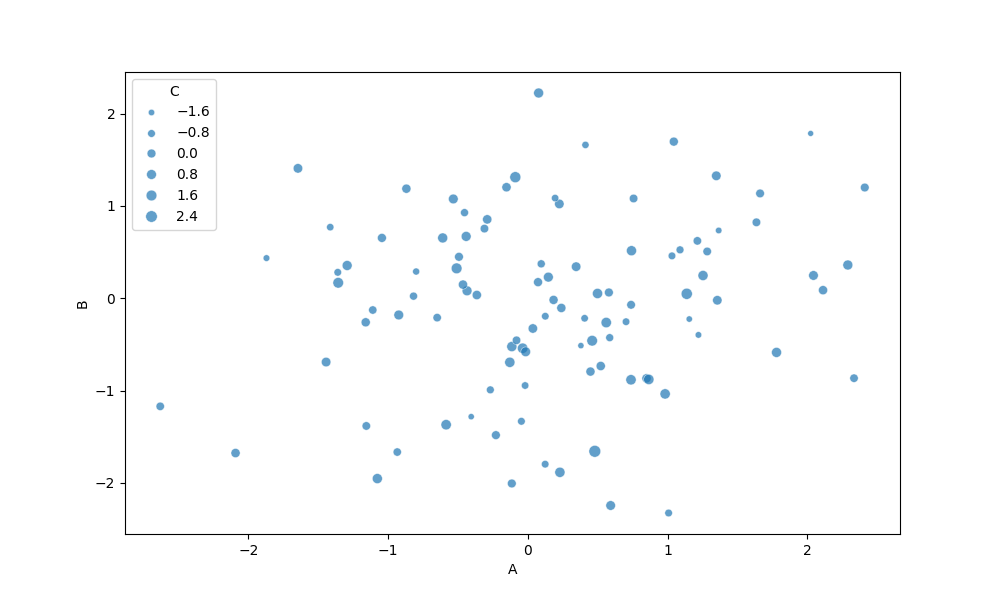
python, seaborn, scatterplot, hue='None', style='None', size='C', palette='deep', alpha=0.7